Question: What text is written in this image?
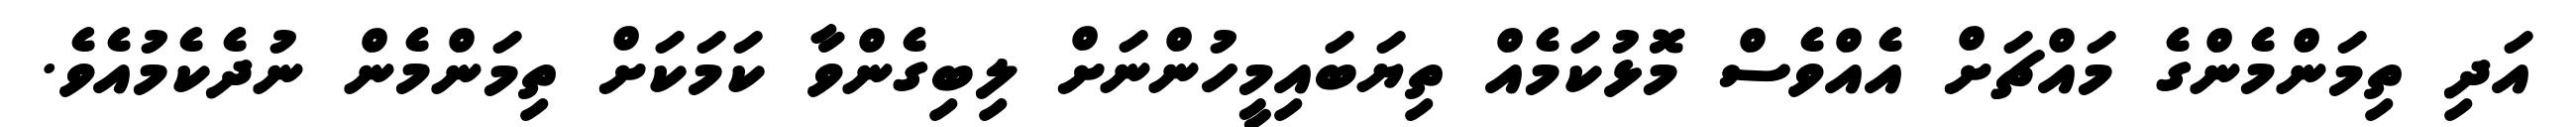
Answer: އަދި ތިމަންމެންގެ މައްޗަށް އެއްވެސް މޮޅުކަމެއް ތިޔަބައިމީހުންނަށް ލިބިގެންވާ ކަމަކަށް ތިމަންމެން ނުދެކެމުއެވެ.